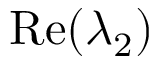
\mathrm { R e } ( \lambda _ { 2 } )